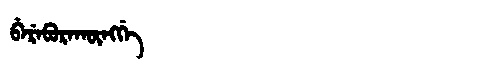
Manchu: ᠪᡝᡵᡝᠪᡠᡵᠠᡴᡡᠩᡤᡝ
Romanization: BEREBURAKŪNGGE